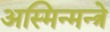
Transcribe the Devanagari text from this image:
अस्मिन्मन्त्रे